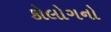
કોલોગનો